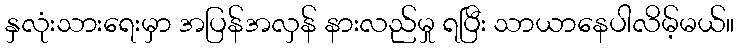
နှလုံးသားရေးမှာ အပြန်အလှန် နားလည်မှု ရပြီး သာယာနေပါလိမ့်မယ်။